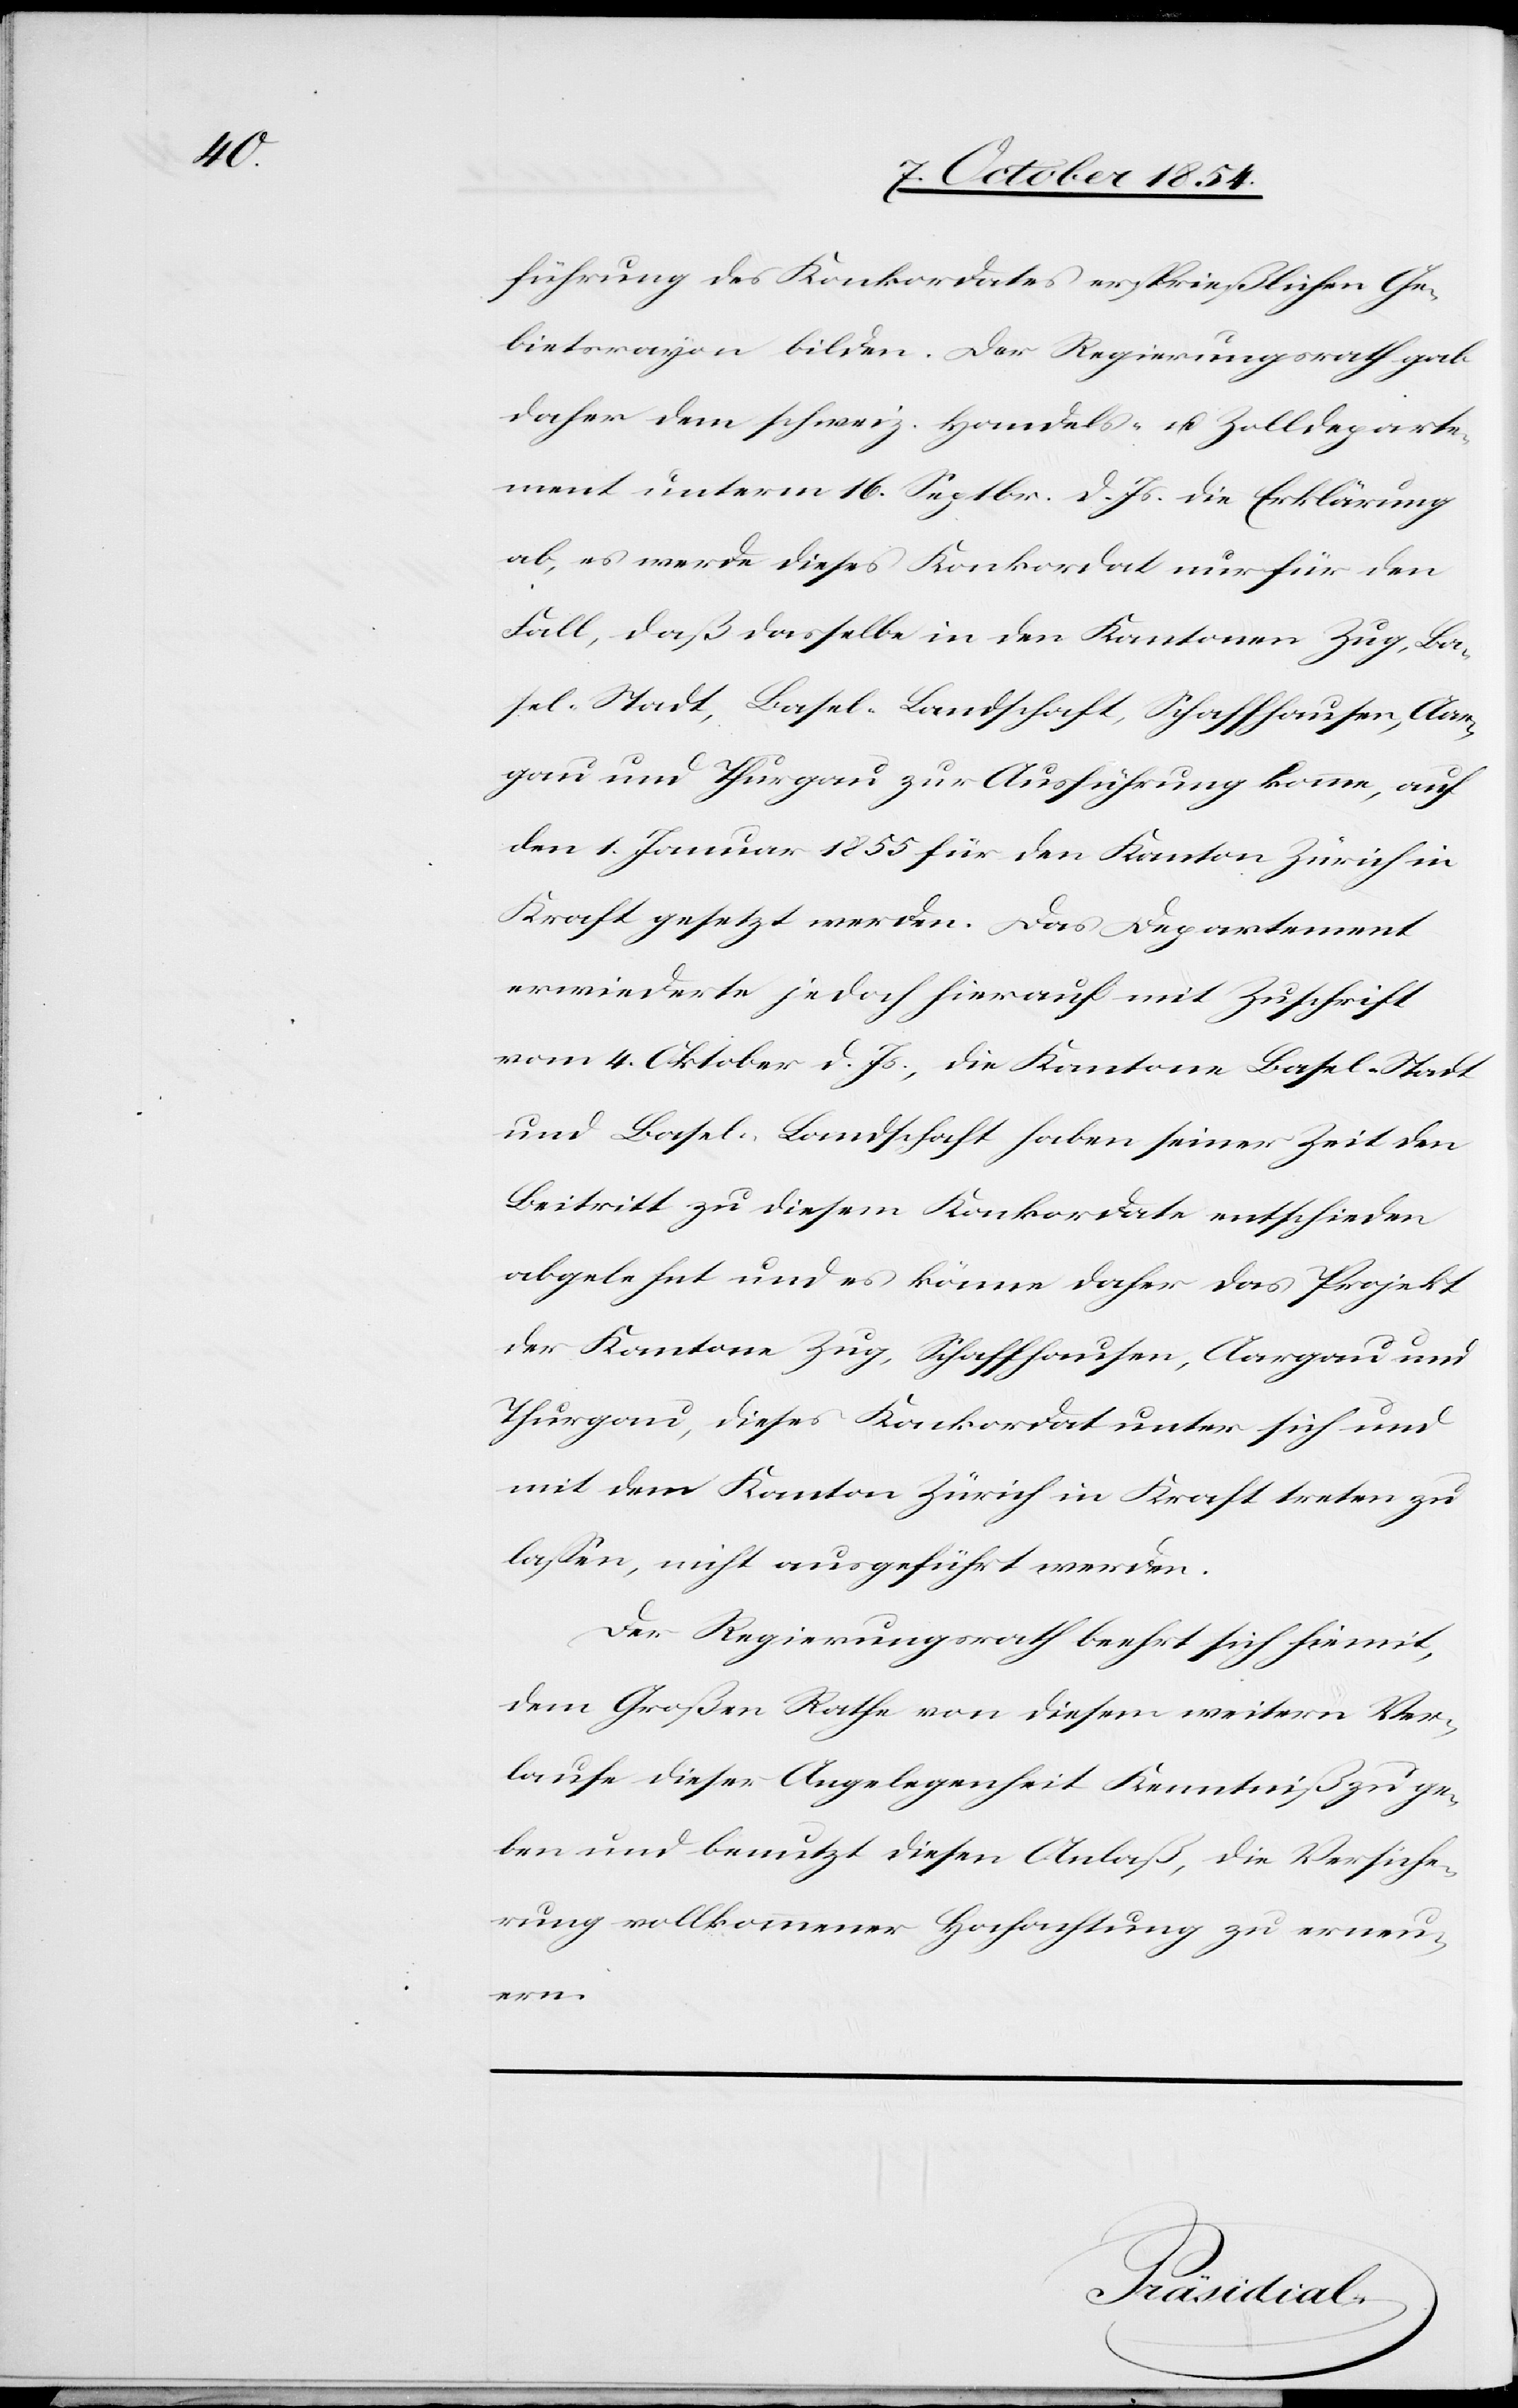
führung des Konkordates ersprießlichen Ge¬
bietsrayon bilden. Der Regierungsrath gab
daher dem schweiz. Handels- u. Zolldeparte¬
ment unterm 16. Septbr. d.Js. die Erklärung
ab, es werde dieses Konkordat nur für den
Fall, daß dasselbe in den Kantonen Zug, Ba¬
sel-Stadt, Basel-Landschaft, Schaffhausen, Aar¬
gau und Thurgau zur Ausführung komme, auf
den 1. Januar 1855 für den Kanton Zürich in
Kraft gesetzt werden. Das Departement
erwiederte jedoch hierauf mit Zuschrift
vom 4. Oktober d. Js., die Kantone Basel-Stadt
und Basel-Landschaft haben seiner Zeit den
Beitritt zu diesem Konkordate entschieden
abgelehnt und es könne daher das Projekt
der Kantone Zug, Schaffhausen, Aargau und
Thurgau, dieses Konkordat unter sich und
mit dem Kanton Zürich in Kraft treten zu
laßen, nicht ausgeführt werden.
Der Regierungsrath beehrt sich hiemit,
dem Großen Rathe von diesem weitern Ver¬
laufe dieser Angelegenheit Kenntniß zu ge¬
ben und benutzt diesen Anlaß, die Versiche¬
rung vollkommener Hochachtung zu erneu¬
ern.